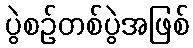
ပွဲစဉ်တစ်ပွဲအဖြစ်